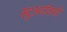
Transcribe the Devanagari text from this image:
स्टुअर्टवंशी